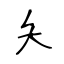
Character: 夨